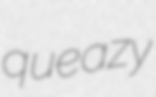
queazy